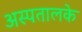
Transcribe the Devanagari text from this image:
अस्पतालके